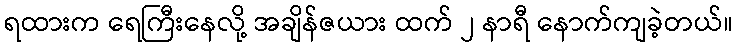
ရထားက ရေကြီးနေလို့ အချိန်ဇယား ထက် ၂ နာရီ နောက်ကျခဲ့တယ်။